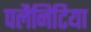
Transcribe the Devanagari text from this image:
पलैनिटिया